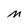
Character: m